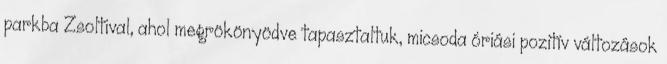
parkba Zsoltival, ahol megrökönyödve tapasztaltuk, micsoda óriási pozitív változások